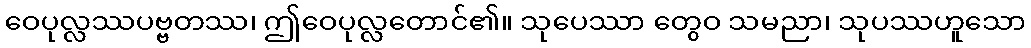
ဝေပုလ္လဿပဗ္ဗတဿ၊ ဤဝေပုလ္လတောင်၏။ သုပေဿာ တွေဝ သမညာ၊ သုပဿဟူသော